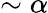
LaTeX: \sim\alpha